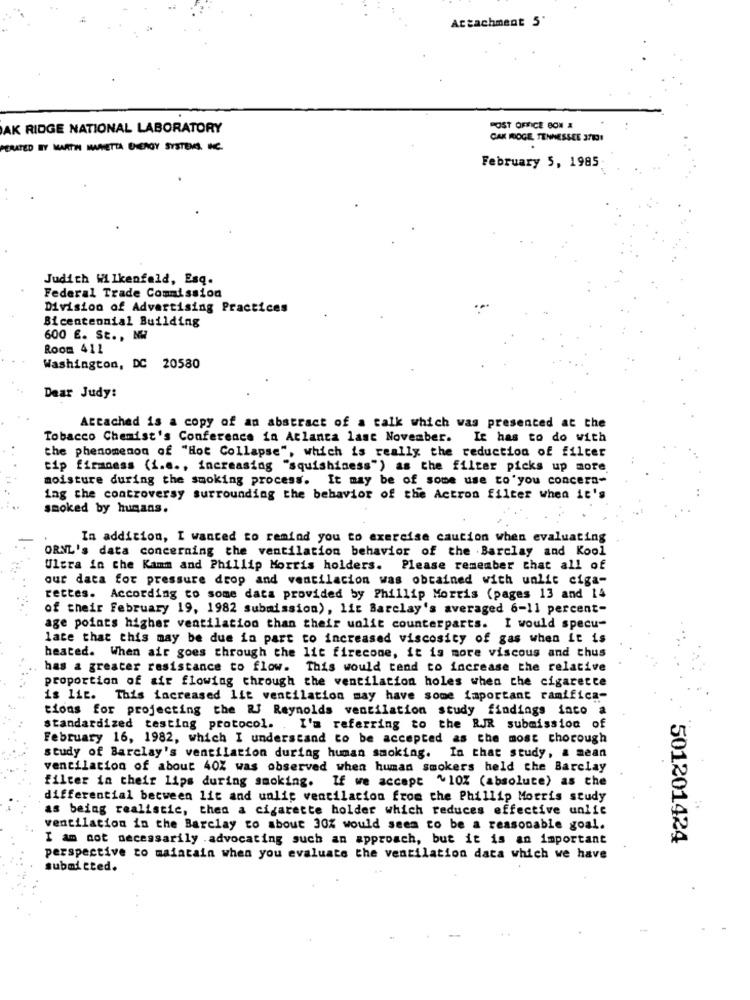
Attachment 5'
AK RIDGE NATIONAL LABORATORY
POST OFFICE BON &
CAK MOGE, TENNESSEE 37101
PERATED BY MARTIN MANETTA ENERGY SYSTEMS, INC.
February 5, 1985
Judith Wilkenfeld, Esq.
Federal Trade Commission
Division of Advertising Practices
Bicentennial Building
600 €. St ., NW
Room 411
Washington, DC 20580
Dear Judy:
Attached is a copy of an abstract of a talk which was presented at the
Tobacco Chemist's Conference in Atlanta last November. It has to do with
the phenomenon of "Hot Collapse", which is really the reduction of filcer
tip firmness (i.e ., increasing "squishiness") as the filter picks up more
moisture during the smoking process. It may be of some use to'you concern-
ing the controversy surrounding the behavior of the Actron filter when it's
smoked by humans.
In addition, I wanted to remind you to exercise caution when evaluating
ORNL's data concerning the ventilation behavior of the Barclay and Kool
Ultra in the Kamm and Phillip Morris holders. Please remember that all of
our data for pressure drop and ventilacion was obtained with unlit ciga-
rettes. According to some data provided by Phillip Morris (pages 13 and 14
of their February 19, 1982 submission), lit Barclay's averaged 6-11 percent-
age points higher ventilation than their unlit counterparts. I would specu-
late that this may be due in part to increased viscosity of gas when it is
heated. When air goes through the lit firecone, it is more viscous and thus
has a greater resistance to flow. This would tend to increase the relative
proportion of air flowing through the ventilation holes when the cigarette
is lit. This increased lit ventilation may have some important ramifica-
tions for projecting the Rf Reynolds ventilation study findings inco a
standardized testing protocol. . I'm referring to the RJR submission of
February 16, 1982, which I understand to be accepted as the most thorough
study of Barclay's ventilation during human smoking. In that study, a mean
ventilation of about 40% was observed when human smokers held the Barclay
filter in their lips during smoking. If we accept ~10% (absolute) as the
differential between lit and unlic ventilation from the Phillip Morris study
as being realistic, then a cigarette holder which reduces effective unlic
ventilation in the Barclay to about 30% would seem to be a reasonable goal.
I am not necessarily .advocating such an approach, but it is an important
501201424
perspective to maiatain when you evaluate the ventilation data which we have
submitted.